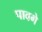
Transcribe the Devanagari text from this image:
पावगे